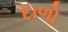
દાળો